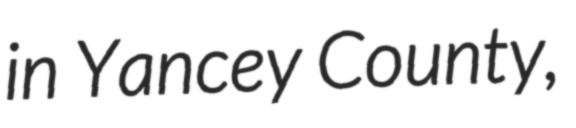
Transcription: in Yancey County,